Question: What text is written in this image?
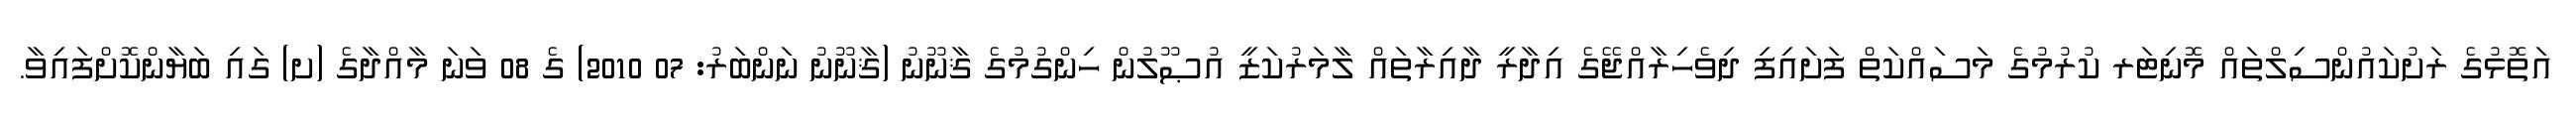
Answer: އަތޮޅުގެ ރަށުކައުންސިލްތައް މޮނިޓަރ ކުރުމުގެ މަސައްކަތް ފަށައިފި ދިވެހިރާއްޖޭގެ އިދާރީ ދާއިރާތައް ލާމަރުކަޒީ އުޞޫލުން ހިންގުމުގެ ޤާނޫނު (ޤާނޫނު ނަންބަރު: 07 2010) ގެ 08 ވަނަ މާއްދާގެ (ށ) ގައި ބަޔާންކޮށްފައިވާ.